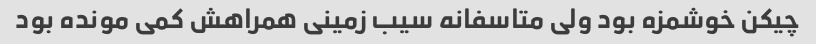
چیکن خوشمزه بود ولی متاسفانه سیب زمینی همراهش کمی مونده بود